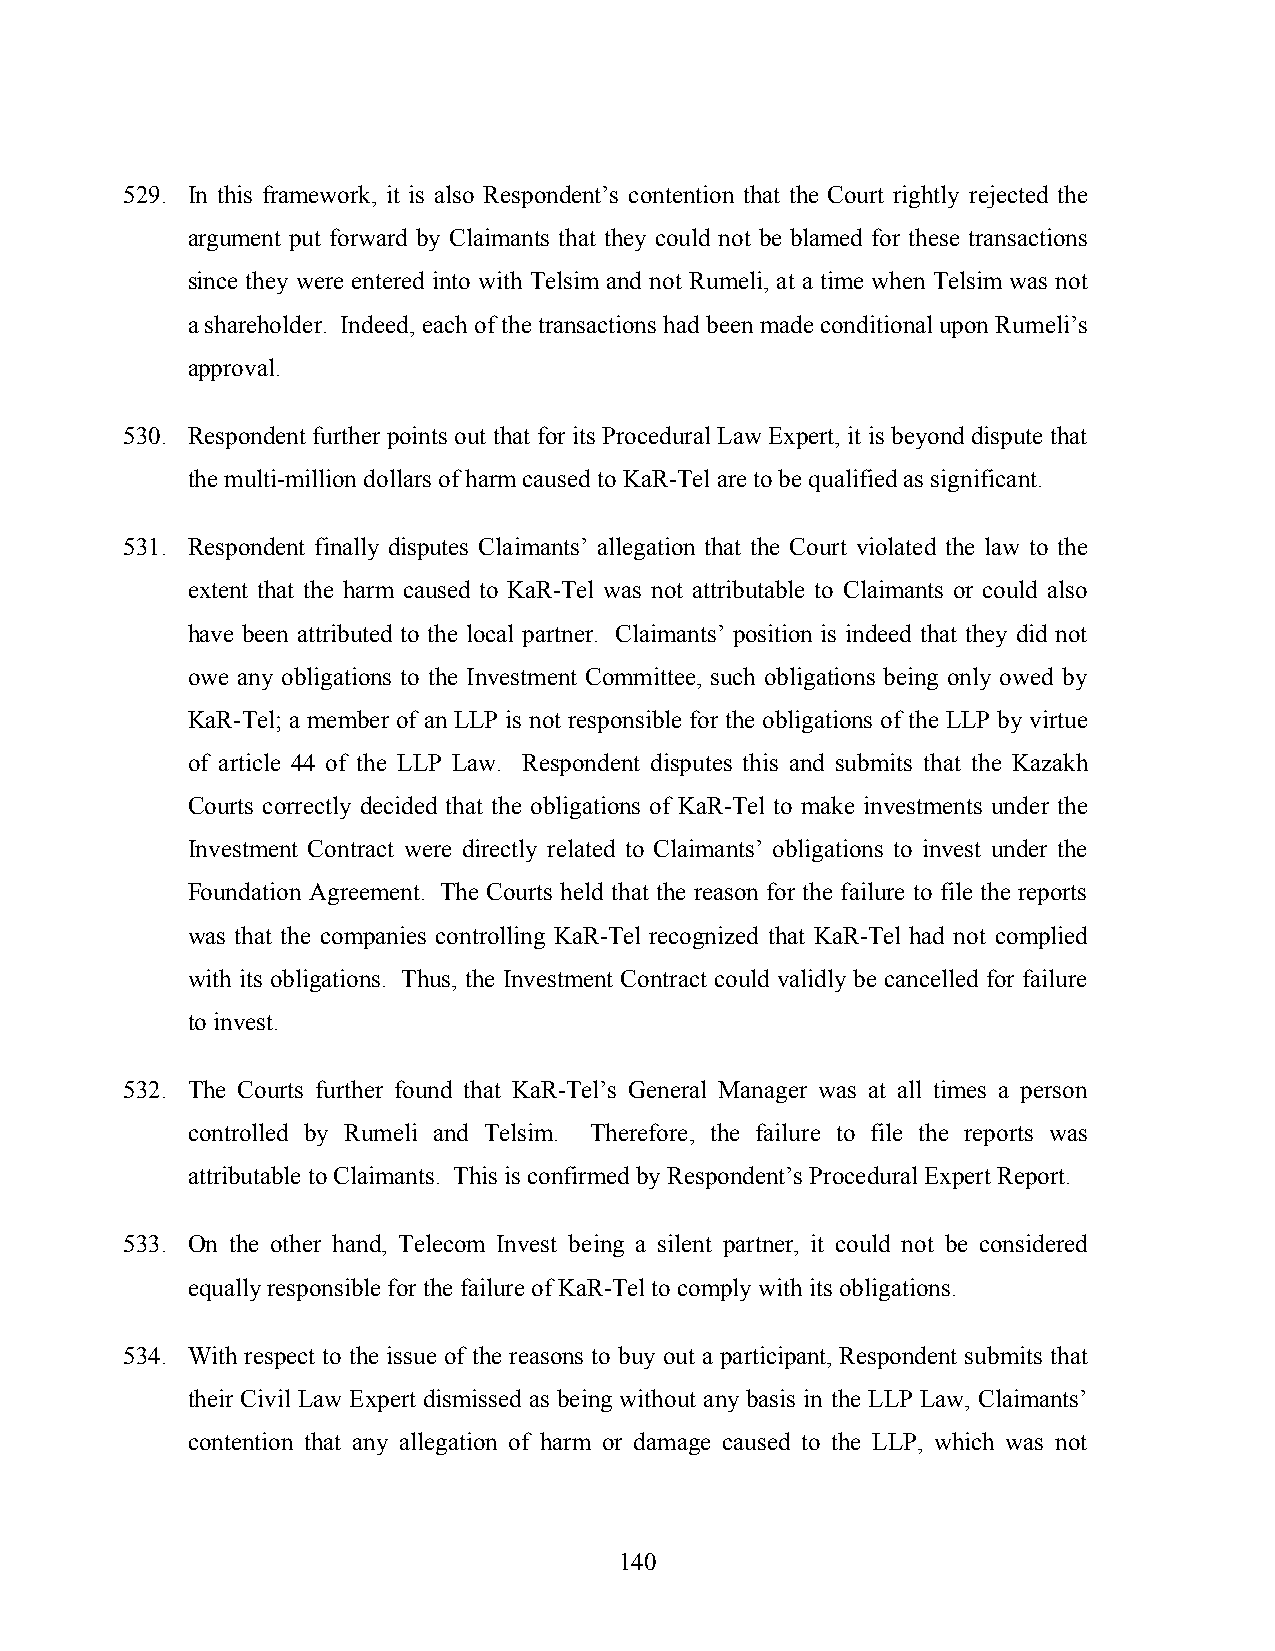
529. In this framework, it is also Respondent’s contention that the Court rightly rejected the
 argument put forward by Claimants that they could not be blamed for these transactions
 since they were entered into with Telsim and not Rumeli, at a time when Telsim was not
 a shareholder. Indeed, each of the transactions had been made conditional upon Rumeli’s
 approval.
 530. Respondent further points out that for its Procedural Law Expert, it is beyond dispute that
 the multi-million dollars of harm caused to KaR-Tel are to be qualified as significant.
 531. Respondent finally disputes Claimants’ allegation that the Court violated the law to the
 extent that the harm caused to KaR-Tel was not attributable to Claimants or could also
 have been attributed to the local partner. Claimants’ position is indeed that they did not
 owe any obligations to the Investment Committee, such obligations being only owed by
 KaR-Tel; a member of an LLP is not responsible for the obligations of the LLP by virtue
 of article 44 of the LLP Law. Respondent disputes this and submits that the Kazakh
 Courts correctly decided that the obligations of KaR-Tel to make investments under the
 Investment Contract were directly related to Claimants’ obligations to invest under the
 Foundation Agreement. The Courts held that the reason for the failure to file the reports
 was that the companies controlling KaR-Tel recognized that KaR-Tel had not complied
 with its obligations. Thus, the Investment Contract could validly be cancelled for failure
 to invest.
 532. The Courts further found that KaR-Tel’s General Manager was at all times a person
 controlled by Rumeli and Telsim. Therefore, the failure to file the reports was
 attributable to Claimants. This is confirmed by Respondent’s Procedural Expert Report.
 533. On the other hand, Telecom Invest being a silent partner, it could not be considered
 equally responsible for the failure of KaR-Tel to comply with its obligations.
 534. With respect to the issue of the reasons to buy out a participant, Respondent submits that
 their Civil Law Expert dismissed as being without any basis in the LLP Law, Claimants’
 contention that any allegation of harm or damage caused to the LLP, which was not
 140